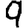
Digit: 9